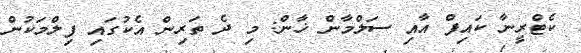
ކެޓްރީނާ ކައިފް އާއި ސަލްމާން ޚާން: މި ދެ ތަރިން އެކުގައި ފިލްމަކުން